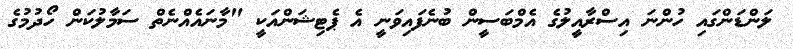
ލަންޑަންގައި ހުންނަ އިސްރާއީލުގެ އެމްބަސީން ބުނެފައިވަނީ އެ ޕެޓިޝަންއަކީ "މާނައެއްނެތް ސަމާލުކަން ހޯދުމުގެ